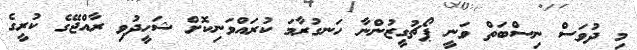
މި ދުވަސް ނިސްބަތް ވަނީ ޕޯޗުގީޒުންނާ ހަނގުރާމަ ކުރައްވަނިކޮށް ޝަހީދުވި ރާއްޖޭގެ ކުރީގެ